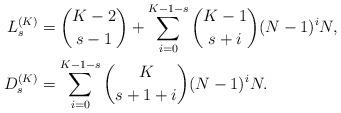
LaTeX: \begin{align*}L_s^{(K)}&=\binom{K-2}{s-1}+\sum_{i=0}^{K-1-s} \binom{K-1}{s+i}(N-1)^iN, \\D_s^{(K)}&=\sum_{i=0}^{K-1-s} \binom{K}{s+1+i}(N-1)^i N. \end{align*}